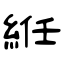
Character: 絍